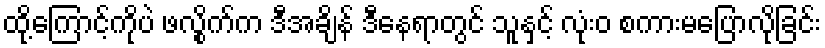
ထို့ကြောင့်ကိုပဲ ဖလွိုက်က ဒီအချိန် ဒီနေရာတွင် သူနှင့် လုံးဝ စကားမပြောလိုခြင်း